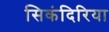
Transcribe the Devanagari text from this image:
सिकंदिरिया